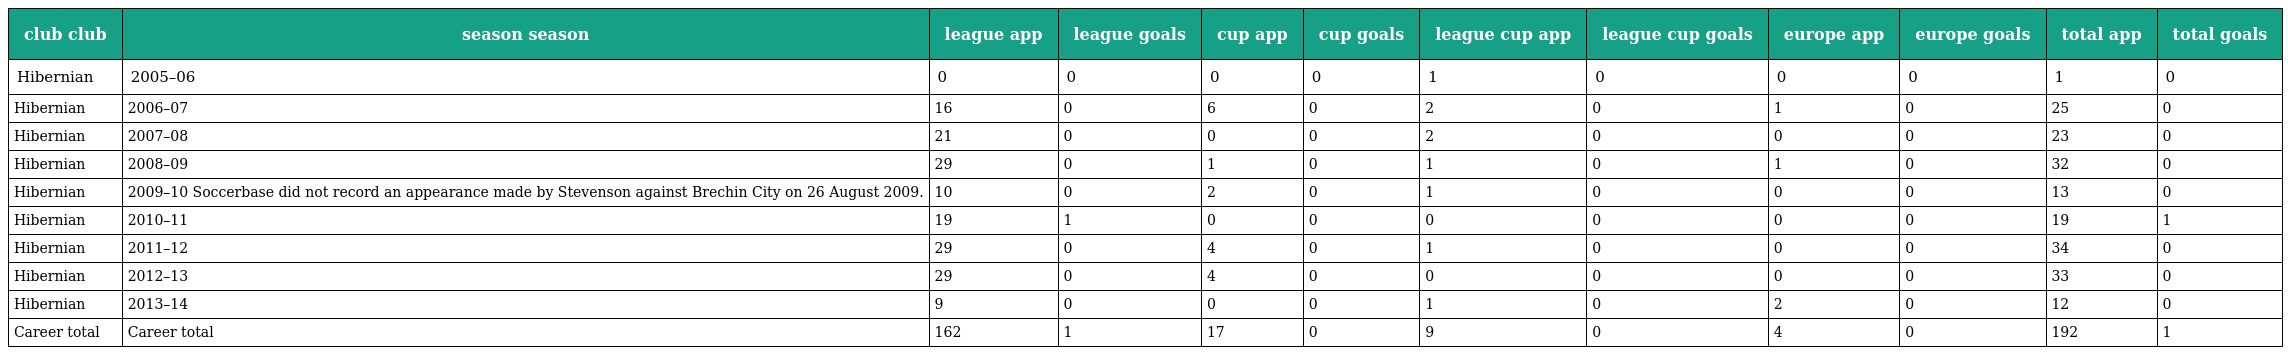
| club club | season season | league app | league goals | cup app | cup goals | league cup app | league cup goals | europe app | europe goals | total app | total goals |
 | --- | --- | --- | --- | --- | --- | --- | --- | --- | --- | --- | --- |
 | Hibernian | 2005–06 | 0 | 0 | 0 | 0 | 1 | 0 | 0 | 0 | 1 | 0 |
 | Hibernian | 2006–07 | 16 | 0 | 6 | 0 | 2 | 0 | 1 | 0 | 25 | 0 |
 | Hibernian | 2007–08 | 21 | 0 | 0 | 0 | 2 | 0 | 0 | 0 | 23 | 0 |
 | Hibernian | 2008–09 | 29 | 0 | 1 | 0 | 1 | 0 | 1 | 0 | 32 | 0 |
 | Hibernian | 2009–10 Soccerbase did not record an appearance made by Stevenson against Brechin City on 26 August 2009. | 10 | 0 | 2 | 0 | 1 | 0 | 0 | 0 | 13 | 0 |
 | Hibernian | 2010–11 | 19 | 1 | 0 | 0 | 0 | 0 | 0 | 0 | 19 | 1 |
 | Hibernian | 2011–12 | 29 | 0 | 4 | 0 | 1 | 0 | 0 | 0 | 34 | 0 |
 | Hibernian | 2012–13 | 29 | 0 | 4 | 0 | 0 | 0 | 0 | 0 | 33 | 0 |
 | Hibernian | 2013–14 | 9 | 0 | 0 | 0 | 1 | 0 | 2 | 0 | 12 | 0 |
 | Career total | Career total | 162 | 1 | 17 | 0 | 9 | 0 | 4 | 0 | 192 | 1 |